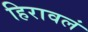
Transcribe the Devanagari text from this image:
हिरावलं